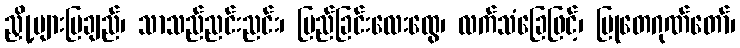
ညှို့များမြချည်၊ သာသည်ညင်းညင်း၊ မြည်ခြင်းလေးထွေ၊ လက်သံခြေဖြင့်၊ မြုတေဂုဏ်တော်၊